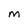
Character: M